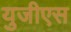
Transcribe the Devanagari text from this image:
युजीएस